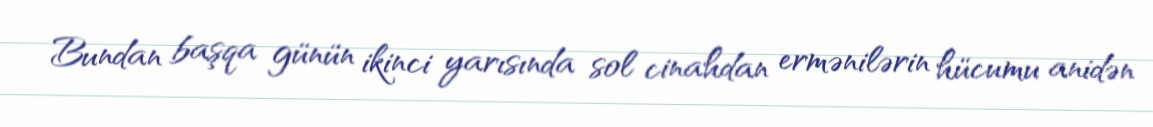
Bundan başqa günün ikinci yarısında sol cinahdan ermənilərin hücumu anidən